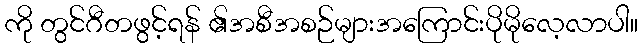
ကို တွင်ဂီတဖွင့်ရန် ၏အစီအစဉ်များအကြောင်းပိုမိုလေ့လာပါ။